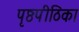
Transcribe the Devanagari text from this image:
पृष्ठपीठिका